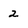
Character: 2